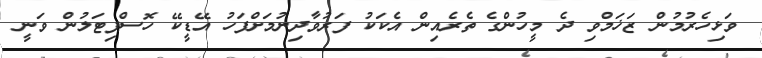
ވަޅިހެރުމުން ޒަޚަމްވި ދެ މީހުންގެ ތެރެއިން އެކަކު ފަރުވާދިނުމަށްފަހު އޭޑީކޭ ހޮސްޕިޓަލުން ވަނީ